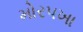
મોરપખા